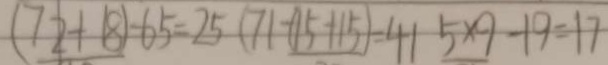
( 7 2 + 1 8 ) - 6 5 = 2 5 ( 7 1 - ( 1 5 + 1 5 ) = 4 1 5 \times 9 - 1 9 = 1 7